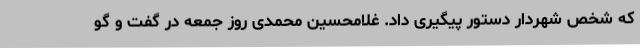
که شخص شهردار دستور پیگیری داد. غلامحسین محمدی روز جمعه در گفت و گو